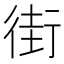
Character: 街